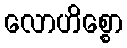
လောဟိစ္စော